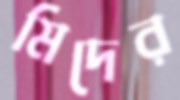
মিদের